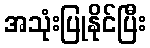
အသုံးပြုနိုင်ပြီး